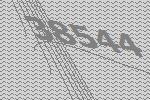
38544